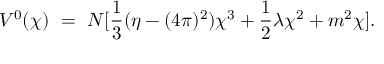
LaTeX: V ^ { 0 } ( \chi ) ~ = ~ N [ { \frac { 1 } { 3 } } ( { \eta - ( 4 \pi ) ^ { 2 } } ) \chi ^ { 3 } + { \frac { 1 } { 2 } } \lambda \chi ^ { 2 } + m ^ { 2 } \chi ] .